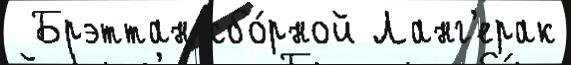
 Брэттан сбо́рной Ланг'ерак